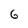
Character: 6